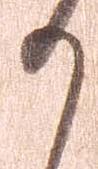
か